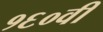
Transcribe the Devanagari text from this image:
१६०वीं